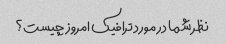
نظر شما در مورد ترافیک امروز چیست؟